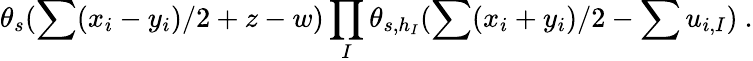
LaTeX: \theta_{s}(\sum(x_{i}-y_{i})/2+z-w)\prod_{I}\theta_{s,h_{I}}(\sum(x_{i}+y_{i})/2-\sum u_{i,I})~.